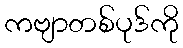
ကဗျာတစ်ပုဒ်ကို